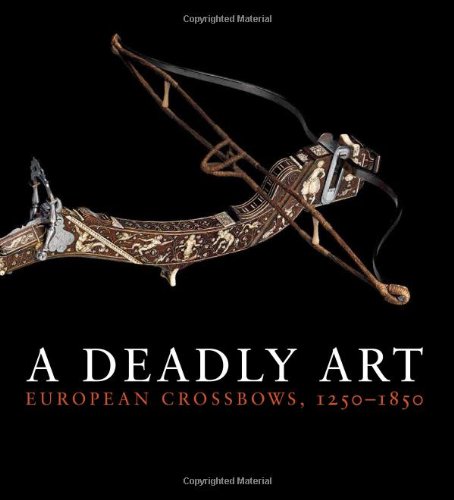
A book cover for A Deadly Art: European Crossbows, 1250EE1850 (Metropolitan Museum of Art); Dirk H. Breiding; Crafts, Hobbies & Home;